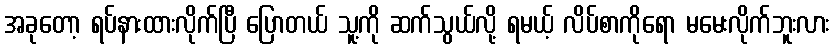
အခုတော့ ရပ်နားထားလိုက်ပြီ ပြောတယ် သူ့ကို ဆက်သွယ်လို့ ရမယ့် လိပ်စာကိုရော မမေးလိုက်ဘူးလား